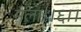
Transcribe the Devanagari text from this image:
मला।।६।।